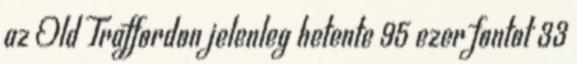
az Old Traffordon jelenleg hetente 95 ezer fontot 33